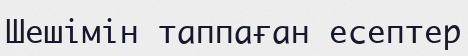
Шешімін таппаған есептер